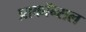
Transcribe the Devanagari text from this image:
प्राकॉन्सल